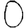
Digit: 0